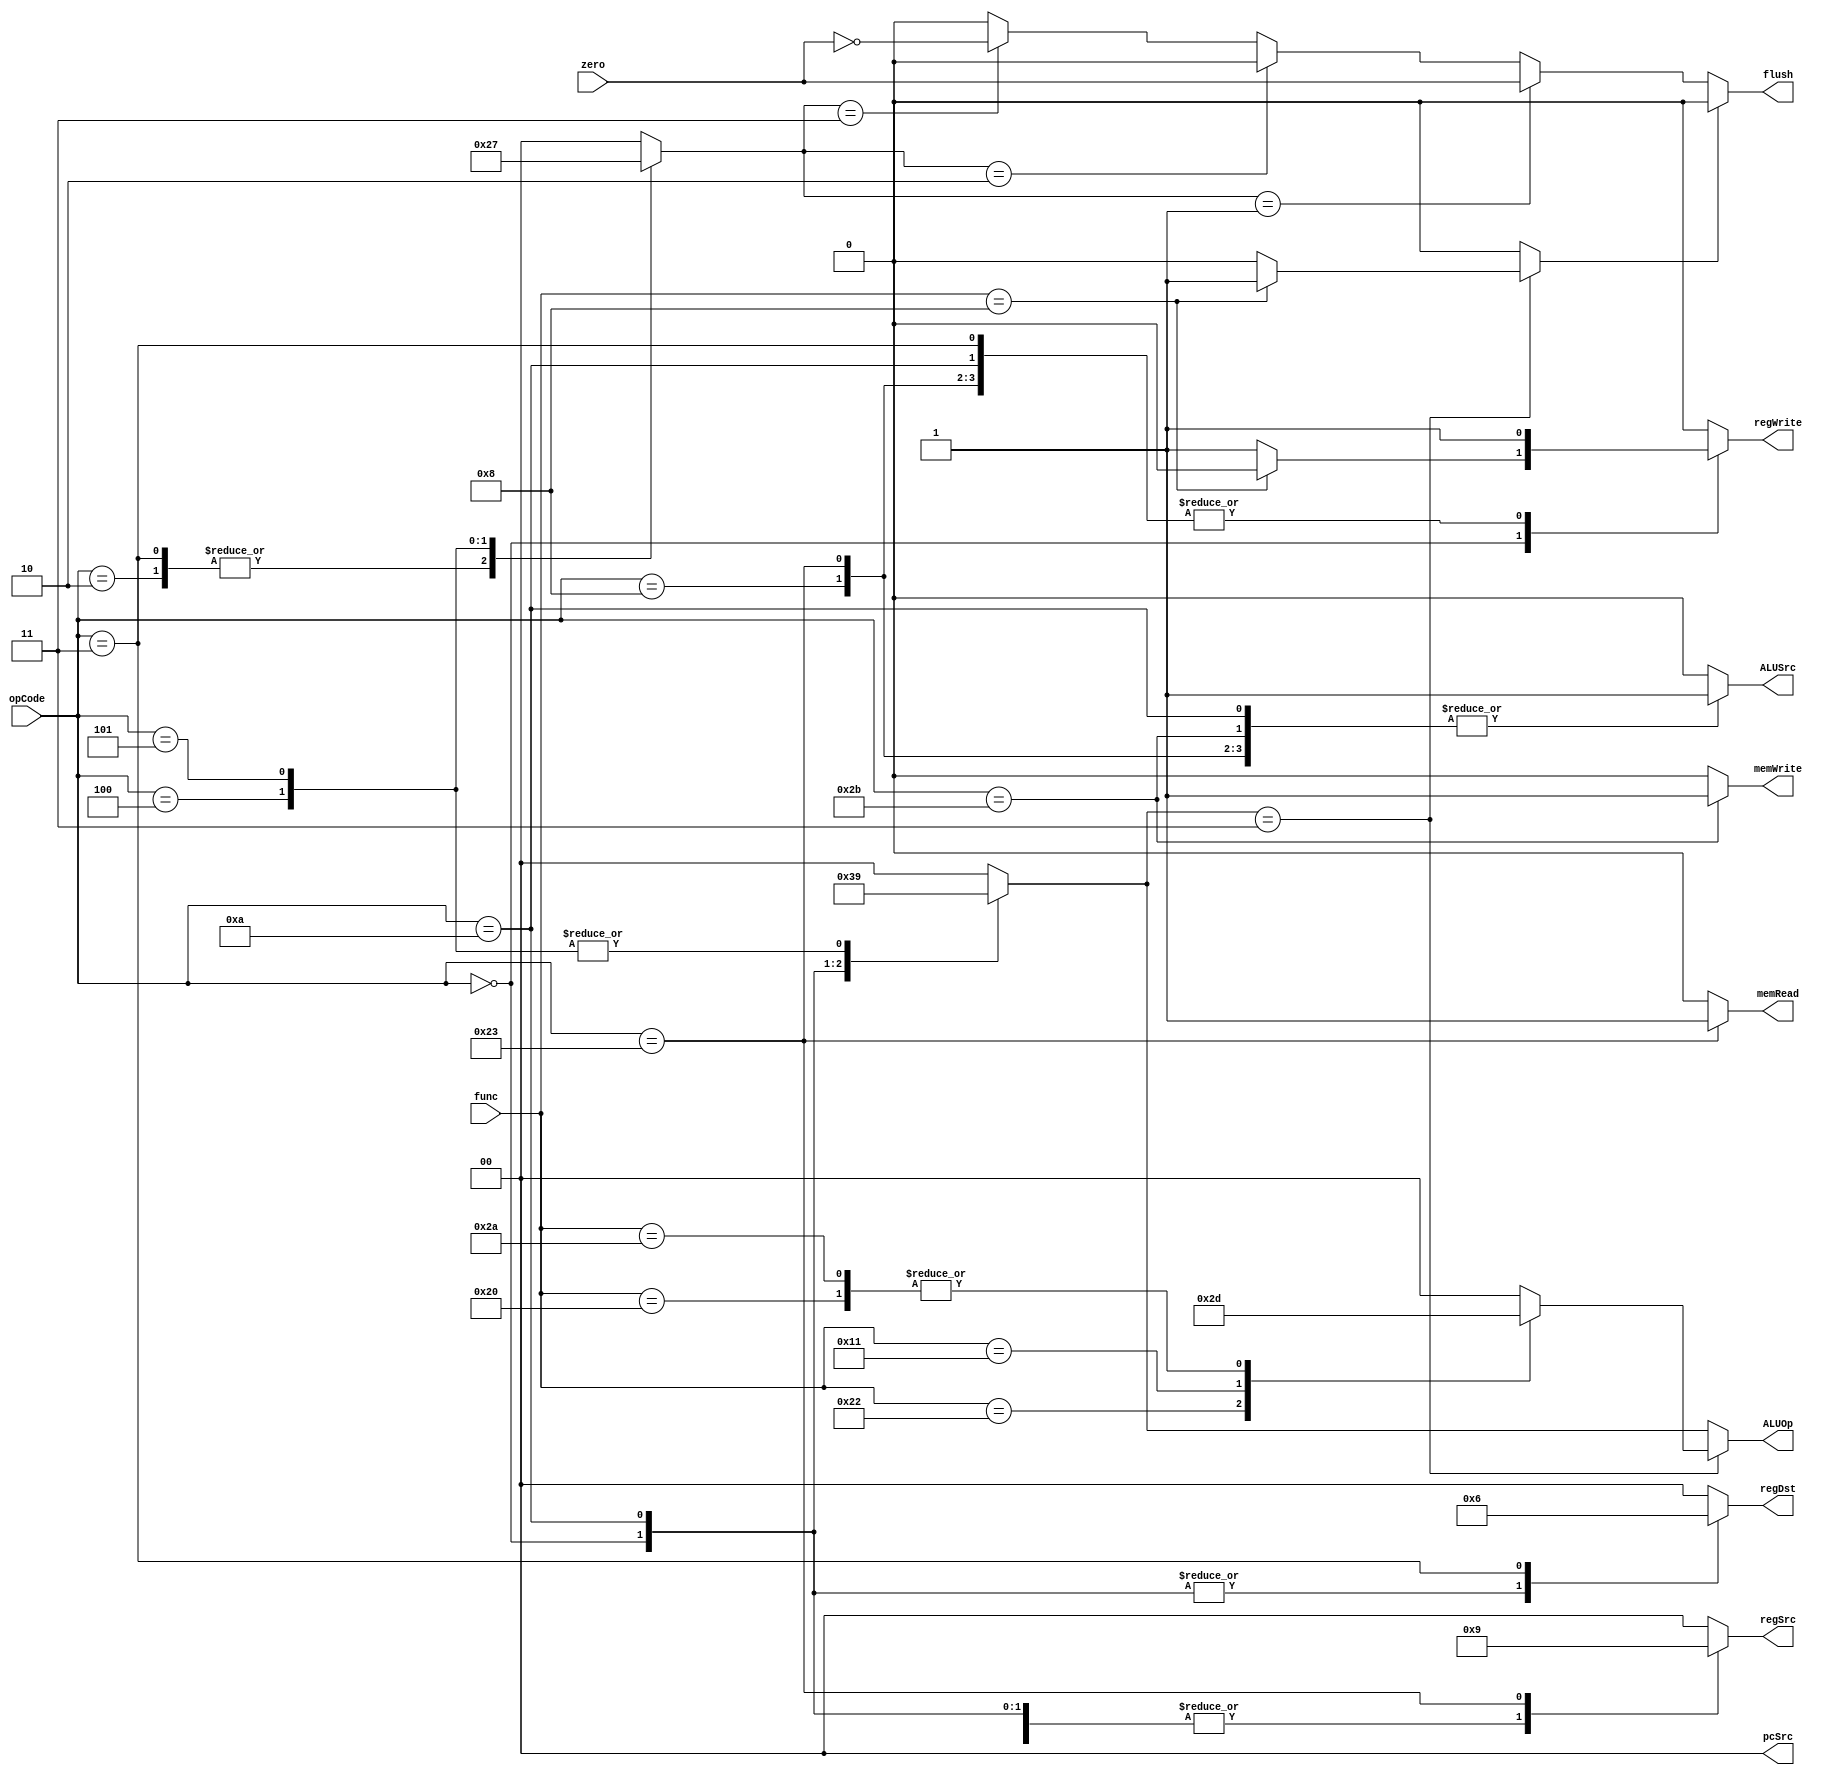
`timescale 1ns/1ns

module Controller( regSrc, regDst, pcSrc, ALUSrc, ALUOp, regWrite, memWrite,memRead , flush, zero, opCode, func);
input zero;
input[5:0] opCode,func;
output reg [1:0] regDst = 0,regSrc = 0 ,pcSrc = 0,ALUOp = 0;
output reg ALUSrc = 0,regWrite = 0,memWrite = 0,memRead = 0,flush = 0;

parameter [5:0]
	RTYPE = 0,ADDI = 8,SLTI = 10,LW = 35,SW = 43,J = 2,JAL = 3,BEQ = 4,BNE = 5;

parameter [5:0]
	ADD = 32,SUB = 34,AND = 17 , OR =7 ,SLT = 42 , JR =  8;

reg[2:0] ALUcontrol = 0;
reg [1:0] branchOC;
always@(opCode, func)begin
	{regDst,regSrc,pcSrc,ALUcontrol,ALUSrc,regWrite,memWrite,branchOC,memRead} = 0;
	case(opCode)
		RTYPE:begin regSrc=2; regWrite= func==8 ? 0 : 1; memWrite=0; ALUSrc=0; regDst=1; ALUcontrol=3;  branchOC=0;end
		ADDI: begin regSrc=2; regWrite=1; memWrite=0;		     ALUSrc=1; regDst=0; ALUcontrol=0;  branchOC=0; end
		SLTI: begin regSrc=2; regWrite=1; memWrite=0; 		     ALUSrc=1; regDst=1; ALUcontrol=2;  branchOC=0; end
		LW:   begin regSrc=1; regWrite=1; memWrite=0; 	memRead=1;   ALUSrc=1; regDst=0; ALUcontrol=0;  branchOC=0; end
		SW:   begin regSrc=0; regWrite=0; memWrite=1; 		     ALUSrc=1; regDst=0; ALUcontrol=0;  branchOC=0; end
		J:    begin regSrc=0; regWrite=0; memWrite=0;     	     ALUSrc=0; regDst=0; ALUcontrol=0;  branchOC=2;  end
		JAL:  begin regSrc=0; regWrite=1; memWrite=0; 		     ALUSrc=0; regDst=2; ALUcontrol=0;  branchOC=2;  end
		BEQ:  begin regSrc=0; regWrite=0; memWrite=0; 		     ALUSrc=0; regDst=0; ALUcontrol=1;  branchOC=1;  end
		BNE:  begin regSrc=0; regWrite=0; memWrite=0; 		     ALUSrc=0; regDst=0; ALUcontrol=1;  branchOC=3;  end
		endcase
end

reg branchF;
always@(func, ALUcontrol)begin
	ALUOp = 0;branchF=0;
	if(ALUcontrol == 3)begin
		case(func)
			ADD:ALUOp = 1;
			SUB:ALUOp = 2;
			AND: ALUOp = 3;
       		OR: ALUOp  = 4;
			SLT:ALUOp = 5;
			JR: branchF = 1;
		endcase
	end
	else
		ALUOp = ALUcontrol;
end
always@(zero, branchF, branchOC)begin
	pcSrc = 0;flush = 0;
	if(branchF == 1) pcSrc = 3;
	else if(branchOC == 1)begin pcSrc = {1'b0,zero}; flush=zero; end
	else if(branchOC == 2) pcSrc = 2;
	else if(branchOC == 3)begin pcSrc = {1'b0,~zero}; flush=~zero; end
end

endmodule